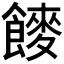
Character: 𮩍